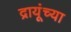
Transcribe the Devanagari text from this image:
द्रायूंच्या